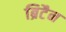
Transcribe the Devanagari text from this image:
ब्रिटैन